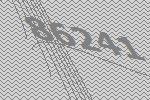
86241